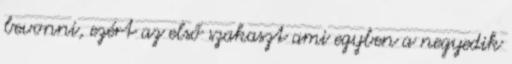
bevonni, ezért az első szakaszt ami egyben a negyedik